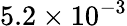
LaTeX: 5.2\times 10^{-3}